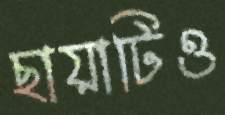
ছায়াটিও